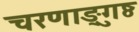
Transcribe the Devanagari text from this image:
चरणाङ्गुष्ठ